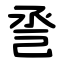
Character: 巹